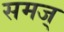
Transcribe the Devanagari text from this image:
समज्